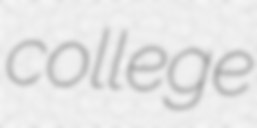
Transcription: college